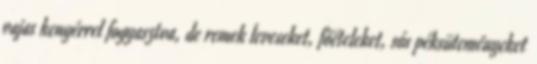
vajas kenyérrel fogyasztva, de remek leveseket, főételeket, sós péksüteményeket